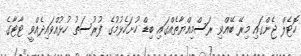
ހޮޓެލް ޖެންގައި މިރޭ ބޭއްވި ރަސްމިއްޔާތެއްގައި ބިޑް ހުށަހެޅުމުގެ ފުރުސަތު ހުޅުއްވައިދެއްވީ ޓާޓާގެ